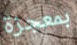
بمعجزة